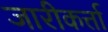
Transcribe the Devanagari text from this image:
जारीकर्त्ता